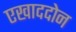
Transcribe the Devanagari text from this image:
एखाददोन